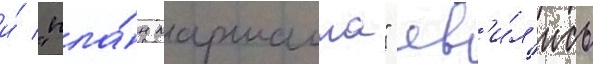
и́ "пла́н маршалла" яв'и́л'ись